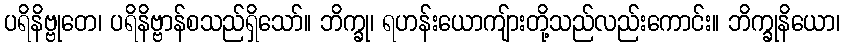
ပရိနိဗ္ဗုတေ၊ ပရိနိဗ္ဗာန်စသည်ရှိသော်။ ဘိက္ခု၊ ရဟန်းယောကျ်ားတို့သည်လည်းကောင်း။ ဘိက္ခုနိယော၊